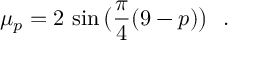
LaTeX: \mu _ { p } = 2 \, \sin \big ( \frac { \pi } { 4 } ( 9 - p ) \big ) ~ ~ .